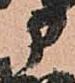
部